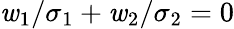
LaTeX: \mathit{w}_{1}/\sigma_{1}+\mathit{w}_{2}/\sigma_{2}=0